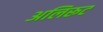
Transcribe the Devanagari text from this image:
अलिरूट